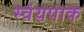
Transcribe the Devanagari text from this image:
स्वंयपाक